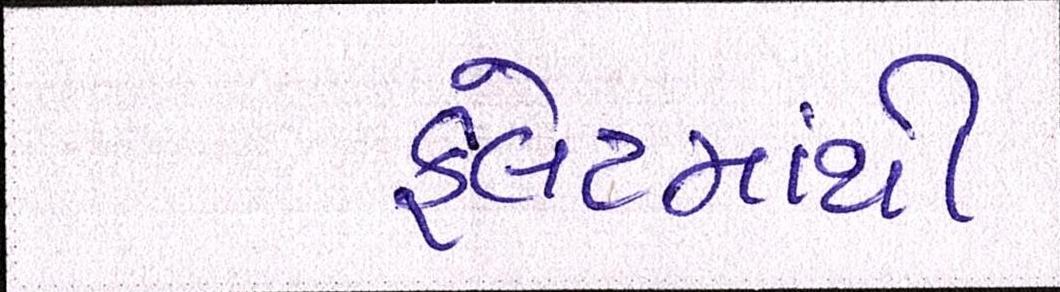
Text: ફલેટમાંથી